Vaccination returns of the Province of Eastern Bengal and Assam - 1905-1912
Year: 1905
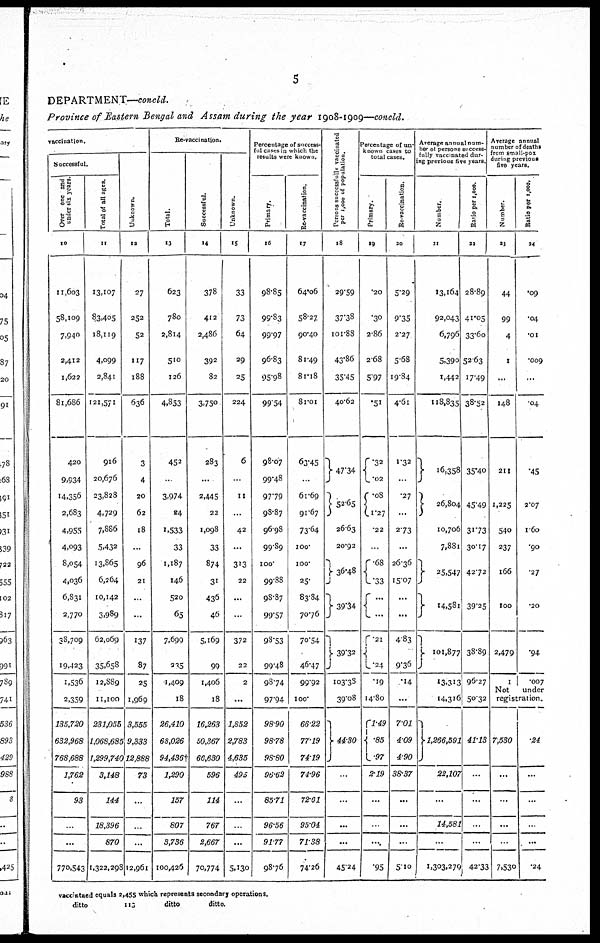
5
DEPARTMENT—concld.
Province of Eastern Bengal and Assam during the year 1908-1909—concld.
vaccination.
Successful.
Over one and
under six years.
10
11,603
58,109
7,940
2,412
1,622
81,686
420
9,934
14,356
2,683
4,955
4,093
8,054
4,036
6,831
2,770
38,709
19,423
1,536
2,359
135,720
632,968
768,688
1,762
93
...
...
770,543
Total of all ages.
11
13,107
83,405
18,119
4,099
2,841
121,571
916
20,676
23,828
4,729
7,886
5,432
13,865
6,264
10,142
3,989
62,069
35,658
12,889
11,100
231,055
1,068,685
1,2,99,740
3,148
144
18,396
870
1,322,298
Unknown.
12
27
252
52
117
188
636
3
4
20
62
18
...
96
21
...
...
137
87
25
1,969
3,555
9,333
12,888
73
...
...
...
12,961
Re-vaccination.
Total.
13
623
780
2,814
510
126
4,853
452
...
3,974
24
1,533
33
1,187
146
520
65
7,699
235
1,409
18
26,410
68,026
94,436†
1,290
157
807
3,736
100,426
Successful.
14
378
412
2,486
392
82
3,750
283
...
2,445
22
1,098
33
874
31
436
46
5,169
99
1,406
18
16,263
50,367
66,630
596
114
767
2,667
70,774
Unknown.
15
33
73
64
29
25
224
6
...
11
...
42
...
313
22
...
...
372
22
2
...
1,852
2,783
4,635
495
...
...
...
5,130
Percentage of success-
ful cases in which the
results were known.
Primary.
16
98.85
99.83
99.97
96.83
95.98
99.54
98.07
99.48
97.79
98.87
96.98
99.89
100.
99.88
98.87
99.57
98.53
99.48
98.74
97.94
98.90
98.78
98.80
96.62
85.71
96.56
91.77
98.76
Re-vaccination.
17
64.06
58.27
90.40
81.49
81.18
81.01
63.45
...
61.69
91.67
73.64
100.
100.
25.
83.84
70.76
70.54
46.47
99.92
100.
66.22
77.19
74.19
74.96
72.61
95.04
71.38
74.26
Persons successfully vaccinated
per 1,000 of population.
18
29.59
37.38
101.88
43.86
35.45
40.62
47.34
52.65
26.63
20.92
36.48
39.34
39.32
103.38
39.08
44.30
...
...
...
...
45.24
Percentage of un-
known cases to
total cases.
Primary.
19
.20
.30
2.86
2.68
5.97
.51
.32
.02
.08
1.27
.22
...
.68
.33
... ...
.21
.24
.19
14.80
1.49
.85
.97
2.19
...
...
...
.95
Re-vaccination.
20
5.29
9.35
2.27
5.68
19.84
4.61
1.32
...
.27
...
2.73
...
26.36
15.07
...
...
4.83
9.36
.14
...
7.01
4.09
4.90
38.37
...
...
...
5.10
Average annual num-
ber of persons success-
fully vaccinated dur-
ing previous five years.
Number.
21
13,164
92,043
6,796
5,390
1,442
118,835
16,358
26,804
10,706
7,881
25,547
14,581
101,877
13,313
14,316
1,266,591
22,107
...
14,581
...
1,303,279
Ratio per 1,000.
22
28.89
41.05
33.60
52.63
17.49
38.52
35.40
45.49
31.73
30.17
42.72
39.25
38.89
96.27
50.32
41.13
...
...
...
...
42.33
Average annual
number of deaths
from small-pox
during previous
five years.
Number.
23
44
99
4
1
...
148
211
1,225
540
237
166
100
2479
1
Ratio per 1,000.
24
.09
.04
.01
.009
...
.04
.45
2.07
1.60
.90
.27
.20
.94
.007
Not
under
registration.
7,530
...
...
...
...
7,530
.24
...
...
...
...
.24
vaccinated equals 2,455 which represents secondary operations.
ditto
113
ditto
ditto.